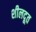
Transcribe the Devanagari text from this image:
शीलदूत